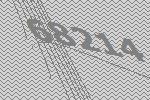
68214